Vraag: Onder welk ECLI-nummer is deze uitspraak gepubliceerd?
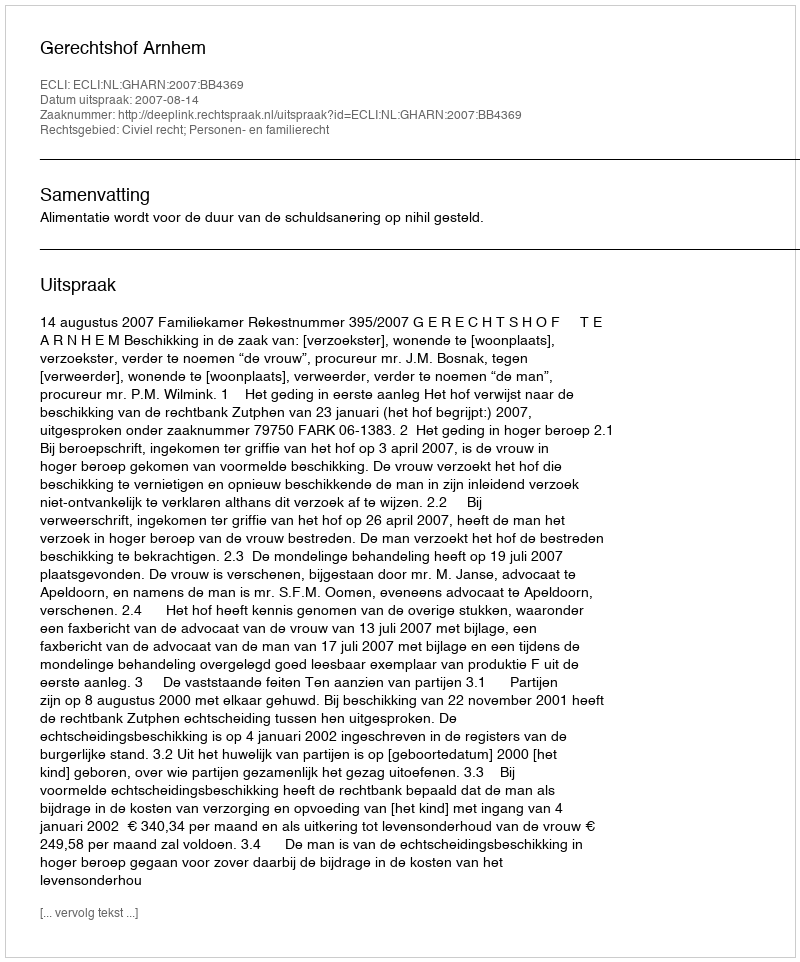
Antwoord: ECLI:NL:GHARN:2007:BB4369